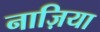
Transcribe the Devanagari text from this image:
नाज़िया